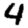
Digit: 4